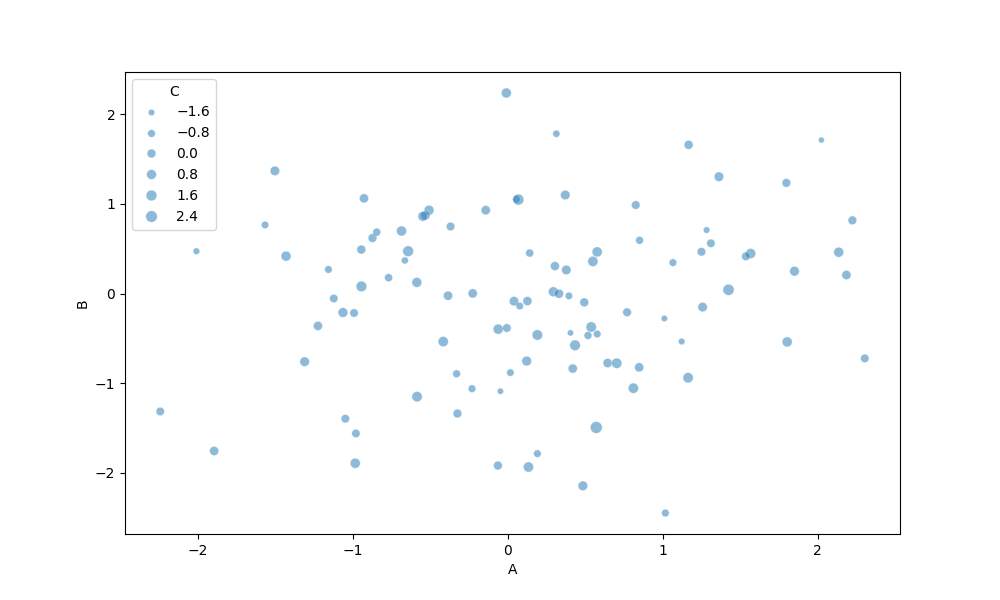
python, seaborn, scatterplot, hue='None', style='None', size='C', palette='muted', alpha=0.5